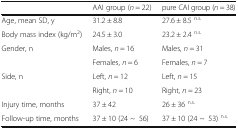
|  | AAI group (n = 22) | pure CAI group (n = 38) |
 | --- | --- | --- |
 | Age, mean SD, y | 31.2 ± 8.8 | 27.6 ± 8.5 n.s. |
 | Body mass index (kg/m2) | 24.5 ± 3.0 | 23.2 ± 2.4 n.s. |
 | <ROWSPAN=2> Gender, n | Males, n = 16 | Males, n = 31 |
 | Females, n = 6 | Females, n = 7 |
 | <ROWSPAN=2> Side, n | Left, n = 12 | Left, n = 15 |
 | Right, n = 10 | Right, n = 23 |
 | Injury time, months | 37 ± 42 | 26 ± 36 n.s. |
 | Follow-up time, months | 37 ± 10 (24 ~56) | 37 ± 10 (24 ~53) n.s. |